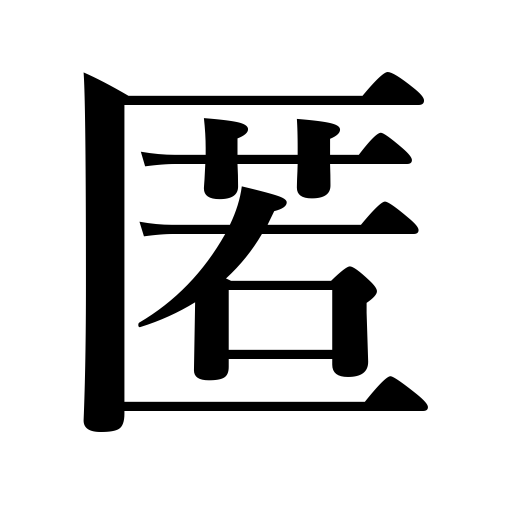
Meanings: hide,shelter,shield